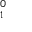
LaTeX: \mathbf { \Pi } _ { 1 } ^ { 0 }